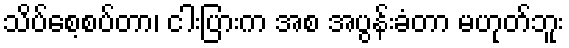
သိပ်စေ့စပ်တာ၊ ငါးပြားက အစ အပွန်းခံတာ မဟုတ်ဘူး